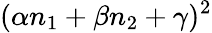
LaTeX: (\alpha n_{1}+\beta n_{2}+\gamma)^{2}